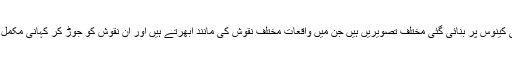
یہ ایک ہی کینوس پر بنائی گئی مختلف تصویریں ہیں جن میں واقعات مختلف نقوش کی مانند ابھرتے ہیں اور ان نقوش کو جوڑ کر کہانی مکمل ہوتی ہے۔